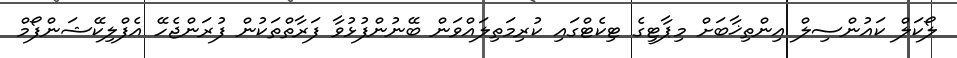
ލޯކަލް ކައުންސިލް އިންތިޚާބަށް މިޕާޓީގެ ޓިކެޓްގައި ކުރިމަތިލައްވަން ބޭނުންފުޅުވާ ފަރާތްތަކުން ފުރަންޖެހޭ އެފްލިކޭޝަންފޯމް